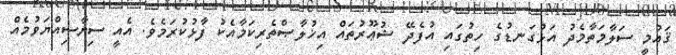
ޤައުމީ ސަލާމަތާމެދު އަޅުގަނޑުގެ ހިތުގައި އުފެދޭ ޝުޢޫރުތައް އިޚުލާޞްތެރިކަމާއެކު ފާޅުކުރަމެވެ. އެއީ ސިޔާސިއްޔަވުމެއް